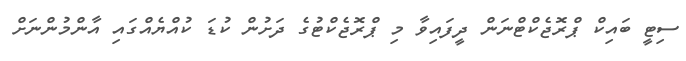
ސިޓީ ބައިކް ޕްރޮޖެކްޓްނަން ދީފައިވާ މި ޕްރޮޖެކްޓުގެ ދަށުން ކުޑަ ކުއްޔެއްގައި އާންމުންނަށް